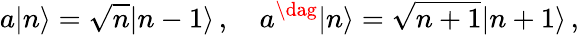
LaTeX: a|n\rangle=\sqrt{n}|n-1\rangle\, ,\quad a^{\dag}|n\rangle=\sqrt{n+1}|n+1\rangle\, ,